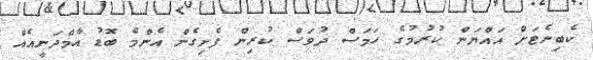
ކެބިނެޓަށް އައްޔަން ކުރުމުގެ ހަމަސް ދުވަސް ކުރިން ފެށިގެން އެންމެ ބޮޑު އާމްދަނީއެއް